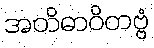
အတိဓာဝိတဗ္ဗံ